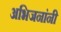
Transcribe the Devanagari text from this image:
अभिजनांनी